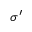
\sigma ^ { \prime }